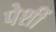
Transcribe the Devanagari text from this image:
पेशीं